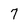
Character: 7